Rangoon Lunatic Asylum 1898-1906 - 1898-1906
Year: 1898
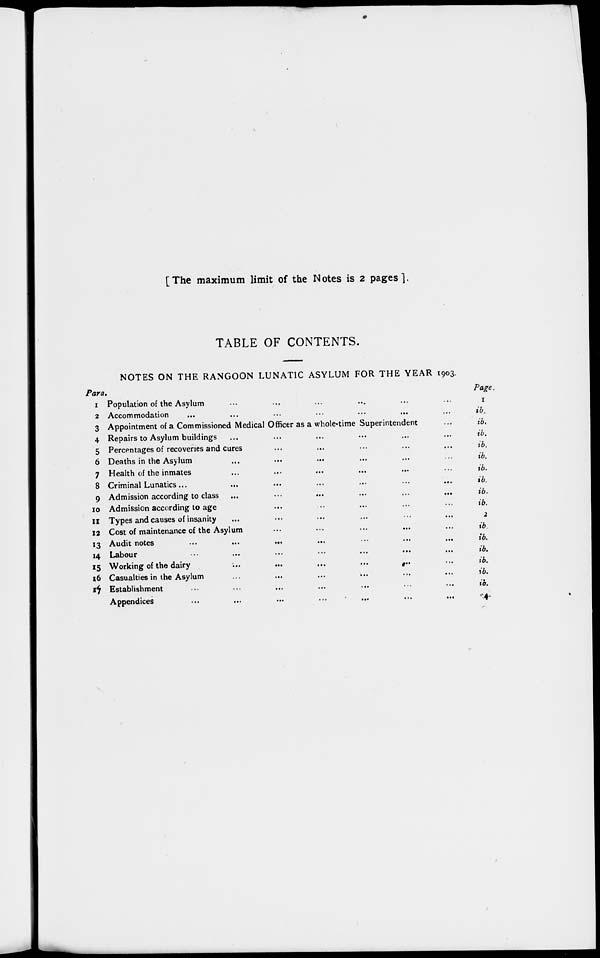
[The maximum limit of the Notes is 2 pages].
TABLE OF CONTENTS.
NOTES ON THE RANGOON LUNATIC ASYLUM FOR THE YEAR 1903.
Para.
1 Population of the Asylum ... ... ... ... ... ...
2 Accommodation ... ... ... ... ... ... ...
3 Appointment of a Commissioned Medical Officer as a whole-time Superintendent ...
4 Repairs to Asylum buildings ... ... ... ... ... ...
5 Percentages of recoveries and cures ... ... ... ... ...
6 Deaths in the Asylum ... ... ... ... ... ...
7 Health of the inmates ... ... ... ... ... ...
8 Criminal Lunatics ... ... ... ... ... ...
9 Admission according to class ...
...
...
...
...
...
10 Admission according to age ... ... ... ... ...
11 Types and causes of insanity ... ... ... ... ... ...
12 Cost of maintenance of the Asylum ... ... ... ... ...
13 Audit notes
...
...
...
...
...
...
14 Labour ... ... ... ... ... ... ...
15 Working of the dairy ... ... ... ... ... ...
16 Casualties in the Asylum ... ... ... ... ... ...
17 Establishment ... ... ... ... ... ... ...
Appendices ... ... ... ... ... ... ...
Page.
1
ib.
ib.
ib.
ib.
ib.
ib.
ib.
ib.
ib.
2
ib.
ib.
ib.
ib.
ib.
ib.
4